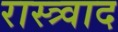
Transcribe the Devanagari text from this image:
रास्त्र्वाद